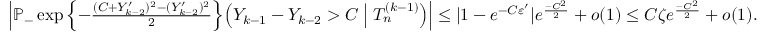
\begin{array} { r } { \left| \mathbb { P } _ - \exp \left\{ - \frac { ( C + Y _ { k - 2 } ^ { \prime } ) ^ { 2 } - ( Y _ { k - 2 } ^ { \prime } ) ^ { 2 } } { 2 } \right\} \! \left( Y _ { k - 1 } - Y _ { k - 2 } > C \; \middle \vert \; T _ { n } ^ { ( k - 1 ) } \right) \right| \leq | 1 - e ^ { - C \varepsilon ^ { \prime } } | e ^ { \frac { - C ^ { 2 } } { 2 } } + o ( 1 ) \leq C \zeta e ^ { \frac { - C ^ { 2 } } { 2 } } + o ( 1 ) . } \end{array}